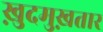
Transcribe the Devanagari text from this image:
ख़ुदमुख़तार